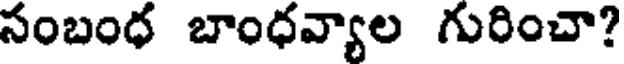
సంబంధ బాంధవ్యాల గురించా?